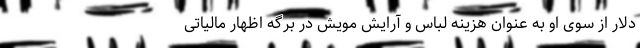
دلار از سوی او به عنوان هزینه لباس و آرایش مویش در برگه اظهار مالیاتی